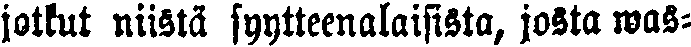
jotkut niistä syytteenalaisista, josta was-